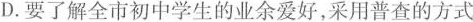
D.要了解全市初中学生的业余爱好，采用普查的方式